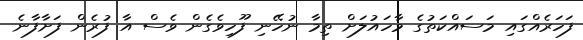
ފަހަރެއްގައި މަސައްކަތުގެ މާހައުލަށް ތިމާ ނުހޭނި ފޫހިވެގެން ވެސް އާ ފުރެން ފަށާފާނެ